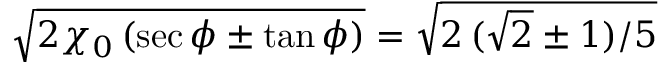
\sqrt { 2 \chi _ { 0 } \, ( \sec \phi \pm \tan \phi ) } = \sqrt { 2 \, ( \sqrt { 2 } \pm 1 ) / 5 }